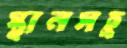
স্থানসহ্র